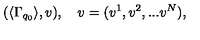
( \langle \Gamma _ { q _ { 0 } } \rangle , v ) , \quad v = ( v ^ { 1 } , v ^ { 2 } , . . . v ^ { N } ) ,